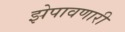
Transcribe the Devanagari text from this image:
झेपावणारी